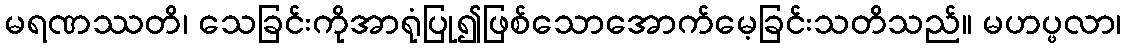
မရဏဿတိ၊ သေခြင်းကိုအာရုံပြု၍ဖြစ်သောအောက်မေ့ခြင်းသတိသည်။ မဟပ္ဖလာ၊